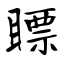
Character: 瞟